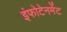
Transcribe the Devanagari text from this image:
इंफोटेनमेंट